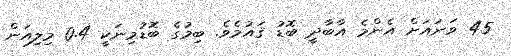
45 ވަނައަށް އެންމެ އާބާދީ ބޮޑު ޤައުމެވެ. ބިމުގެ ބޮޑުމިނަކީ 0.4 މިލިއަން